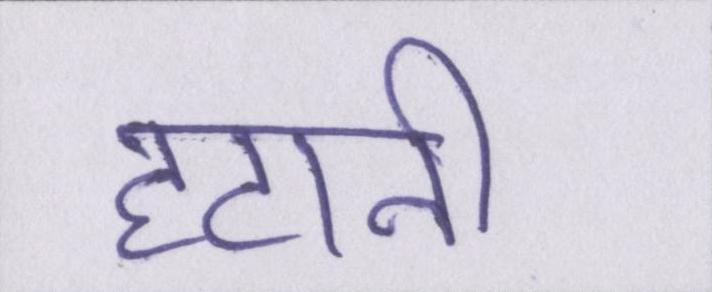
हटानी